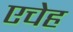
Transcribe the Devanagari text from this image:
एचेह